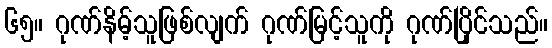
၆၅။ ဂုဏ်နိမ့်သူဖြစ်လျက် ဂုဏ်မြင့်သူကို ဂုဏ်ပြိုင်သည်။